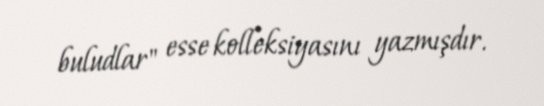
buludlar" esse kolleksiyasını yazmışdır.